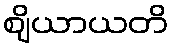
ဈိယာယတိ